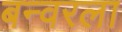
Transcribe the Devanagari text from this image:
बन्वरला